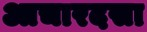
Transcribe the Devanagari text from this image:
आचारदसा